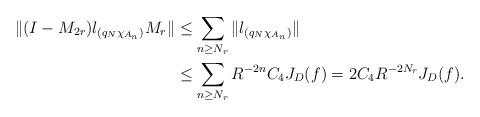
LaTeX: \begin{align*} \|(I-M_{2r})\l_{(q_N\chi_{A_n})}M_r\| & \leq \sum_{n \geq N_r} \|\l_{(q_N\chi_{A_n})}\| \\&\leq \sum_{n \geq N_r}R^{-2n} C_4 J_D(f) = 2C_4 R^{-2N_r} J_D(f) .\end{align*}